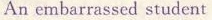
An embarrassed student